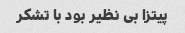
پیتزا بی نظیر بود با تشکر